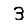
Digit: 3